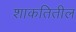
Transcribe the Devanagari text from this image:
शाकतितील